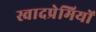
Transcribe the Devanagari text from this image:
स्वादप्रेमियों